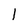
Character: 1